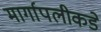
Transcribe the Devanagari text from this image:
मार्गापलीकडे